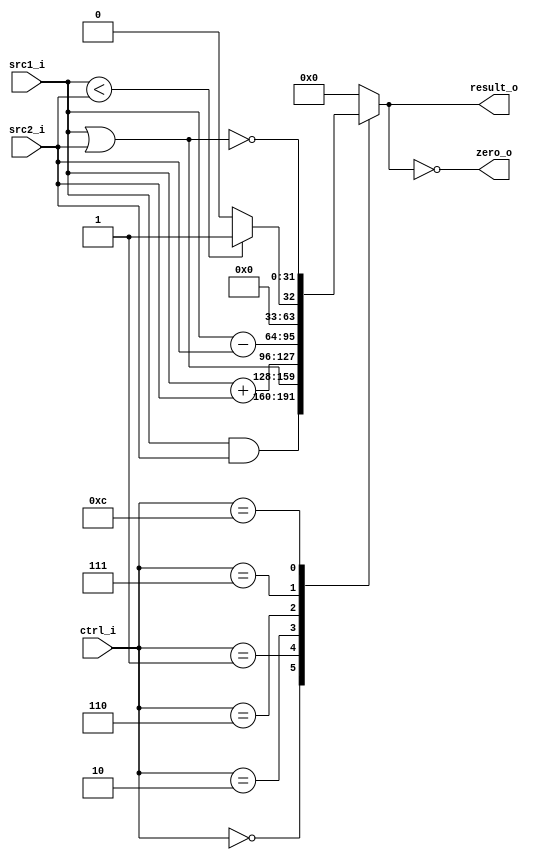
//Subject:     CO project 3 - ALU
//--------------------------------------------------------------------------------
//Version:     1
//--------------------------------------------------------------------------------
//Writer:      110652011
//----------------------------------------------
//Date:        
//----------------------------------------------
//Description: 
//--------------------------------------------------------------------------------

module ALU(
    src1_i,
	src2_i,
	ctrl_i,
	result_o,
	zero_o
	);
     
//I/O ports
input  [32-1:0]  src1_i;
input  [32-1:0]	 src2_i;
input  [4-1:0]   ctrl_i;

output [32-1:0]	 result_o;
output           zero_o;

//Internal signals
reg    [32-1:0]  result_o;
wire             zero_o;

//Parameter

//Main function

	assign zero_o = (result_o == 0);
	always @(*) begin
		case (ctrl_i)
			0:	result_o <= src1_i & src2_i; 		 // and
			1:  result_o <= src1_i | src2_i; 		 // or
			2:  result_o <= src1_i + src2_i; 		 // add
			6:  result_o <= src1_i - src2_i; 		 // sub
			7:  result_o <= src1_i < src2_i ? 1 : 0; // slt
			12: result_o <= ~(src1_i | src2_i);		 // nor
			default: result_o <= 0;
		endcase
	end

endmodule